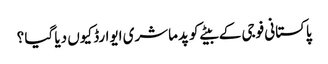
پاکستانی فوجی کے بیٹے کو پدماشری ایوارڈ کیوں دیا گیا ؟